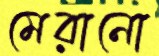
মেরানো